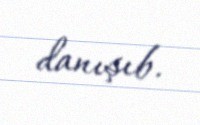
danışıb.